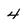
Character: 4